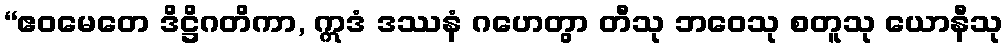
“ဧဝမေတေ ဒိဋ္ဌိဂတိကာ, ဣဒံ ဒဿနံ ဂဟေတွာ တီသု ဘဝေသု စတူသု ယောနီသု